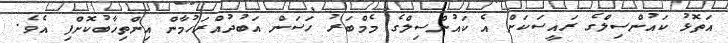
އަތޮޅު ކައުންސިލްގެ ރައީސަކަށް އެ ކައުންސިލްގެ މެމްބަރު ހަސަން އަބުދުއްރަހުމާން އިންތިޚާބުކޮށްފި އެވެ.